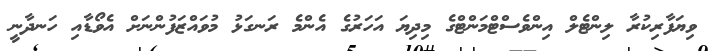
ވިޔަފާރިކުރާ ލިންޓެލް އިންވެސްޓްމަންޓްގެ މިދިޔަ އަހަރުގެ އެންމެ ރަނގަޅު މުވައްޒަފުންނަށް އެވޯޑާއި ހަނދާނީ